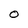
Character: O